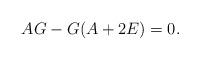
LaTeX: \begin{align*}AG-G(A+2E)=0.\end{align*}